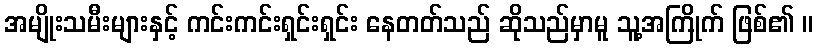
အမျိုးသမီးများနှင့် ကင်းကင်းရှင်းရှင်း နေတတ်သည် ဆိုသည်မှာမူ သူ့အကြိုက် ဖြစ်၏ ။